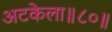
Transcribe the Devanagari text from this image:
अटकेला॥८०॥